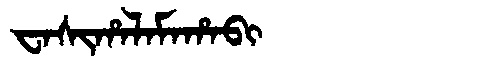
Manchu: ᠸᠠᠰᡳᡥᠠᠯᠠᠮᠠᡥᠠᠪᡳ
Romanization: WASIHALAMAHABI